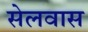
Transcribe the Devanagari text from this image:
सेलवास